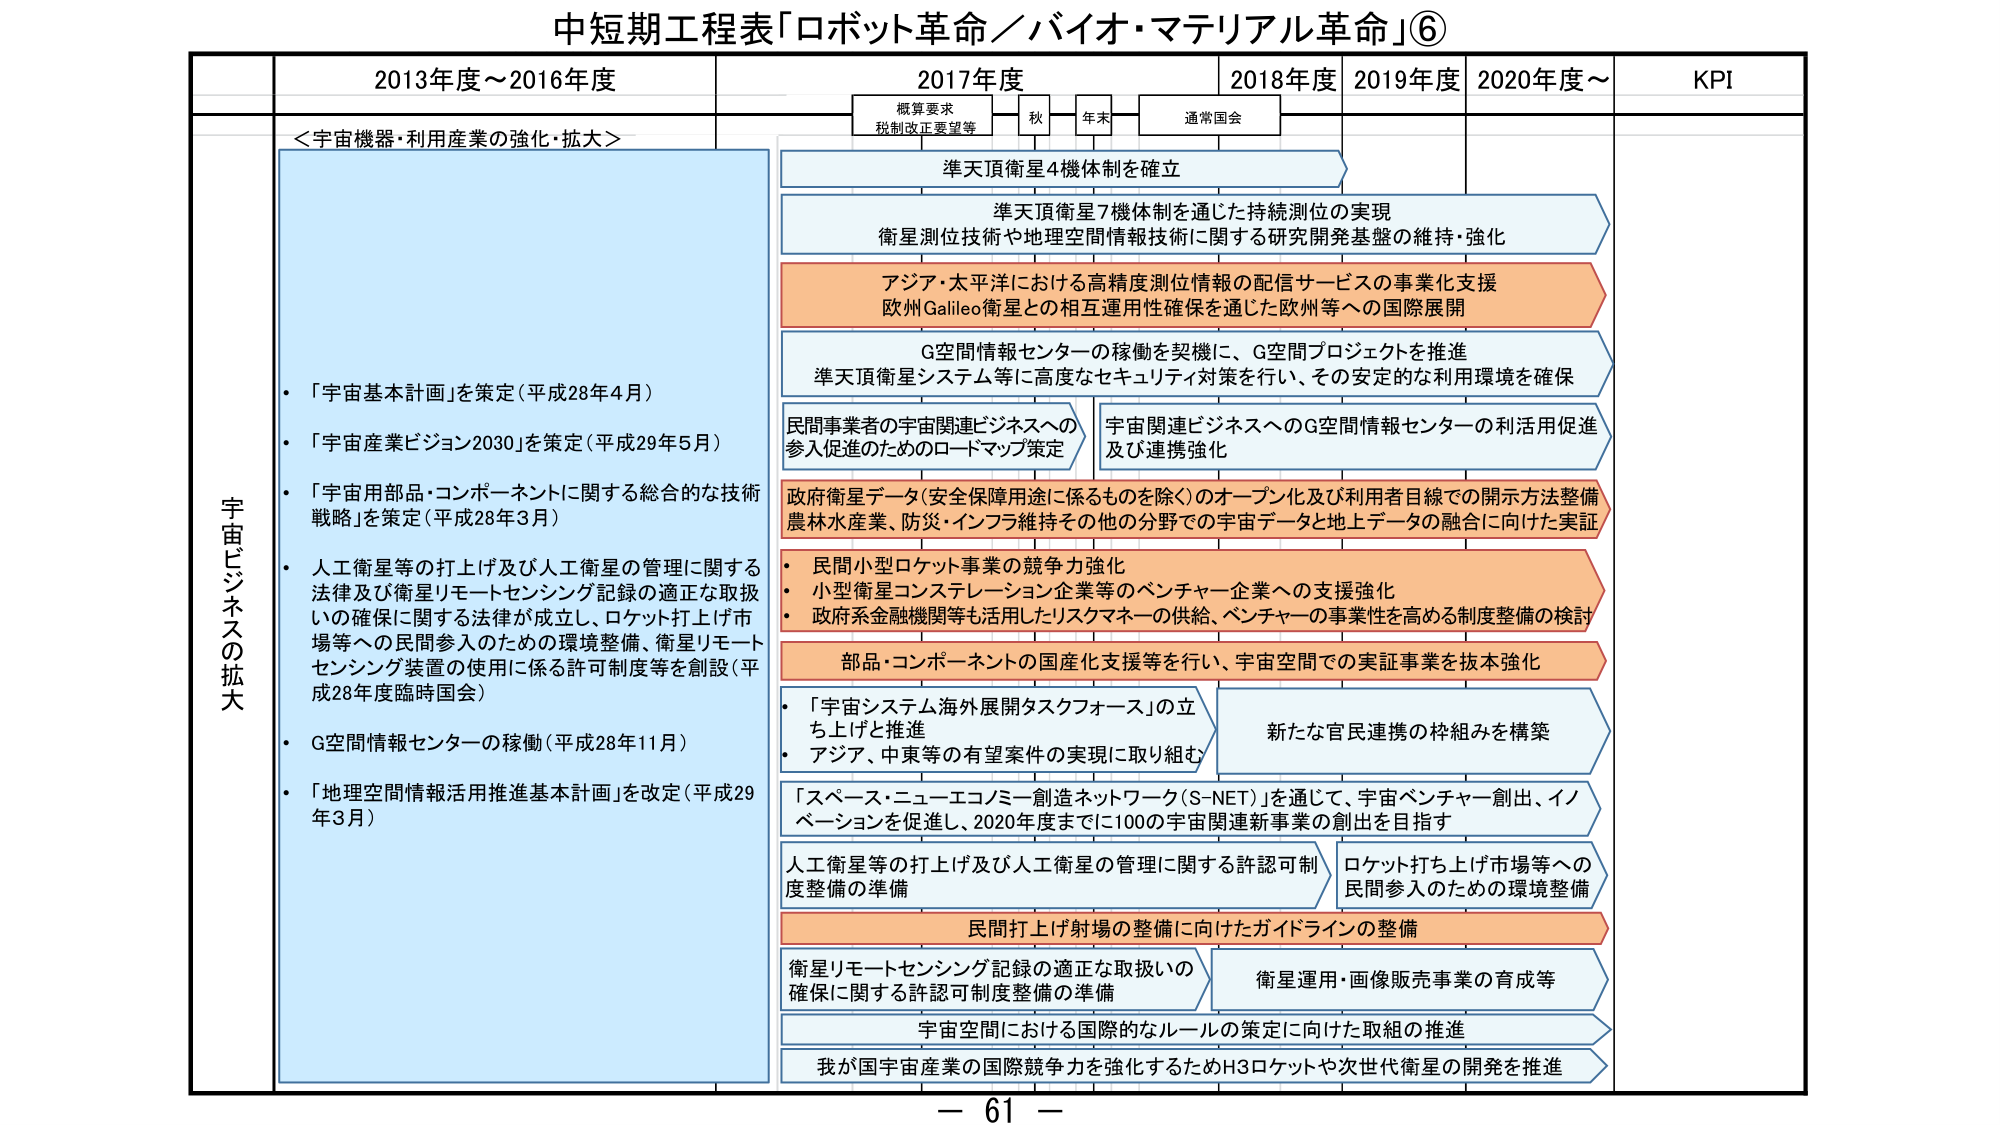
中短期工程表「ロボット革命／バイオ・マテリアル革命」⑥

2013年度～2016年度
2017年度
2018年度
2019年度
2020年度～
KPI

＜宇宙機器・利用産業の強化・拡大＞

宇宙ビジネスの拡大

・「宇宙基本計画」を策定（平成28年4月）
・「宇宙産業ビジョン2030」を策定（平成29年5月）
・「宇宙用部品・コンポーネントに関する総合的な技術戦略」を策定（平成28年3月）
・人工衛星等の打上げ及び人工衛星の管理に関する法律及び衛星リモートセンシング記録の適正な取扱いの確保に関する法律が成立し、ロケット打上げ市場等への民間参入のための環境整備、衛星リモートセンシング装置の使用に係る許可制度等を創設（平成28年度臨時国会）
・G空間情報センターの稼働（平成28年11月）
・「地理空間情報活用推進基本計画」を改定（平成29年3月）

概算要求
税制改正要望等
秋
年末
通常国会

準天頂衛星4機体制を確立

準天頂衛星7機体制を通じた持続測位の実現
衛星測位技術や地理空間情報技術に関する研究開発基盤の維持・強化

アジア・太平洋における高精度測位情報の配信サービスの事業化支援
欧州Galileo衛星との相互運用性確保を通じた欧州等への国際展開

G空間情報センターの稼働を契機に、G空間プロジェクトを推進
準天頂衛星システム等に高度なセキュリティ対策を行い、その安定的な利用環境を確保

民間事業者の宇宙関連ビジネスへの参入促進のためのロードマップ策定
宇宙関連ビジネスへのG空間情報センターの利活用促進及び連携強化

政府衛星データ（安全保障用途に係るものを除く）のオープン化及び利用者目線での開示方法整備
農林水産業、防災・インフラ維持その他の分野での宇宙データと地上データの融合に向けた実証

・民間小型ロケット事業の競争力強化
・小型衛星コンステレーション企業等のベンチャー企業への支援強化
・政府系金融機関等も活用したリスクマネーの供給、ベンチャーの事業性を高める制度整備の検討

部品・コンポーネントの国産化支援等を行い、宇宙空間での実証事業を抜本強化

・「宇宙システム海外展開タスクフォース」の立ち上げと推進
・アジア、中東等の有望案件の実現に取り組む
新たな官民連携の枠組みを構築

「スペース・ニューエコノミー創造ネットワーク（S-NET）」を通じて、宇宙ベンチャー創出、イノベーションを促進し、2020年度までに100の宇宙関連新事業の創出を目指す

人工衛星等の打上げ及び人工衛星の管理に関する許認可制度整備の準備
ロケット打ち上げ市場等への民間参入のための環境整備

民間打上げ射場の整備に向けたガイドラインの整備

衛星リモートセンシング記録の適正な取扱いの確保に関する許認可制度整備の準備
衛星運用・画像販売事業の育成等

宇宙空間における国際的なルールの策定に向けた取組の推進

我が国宇宙産業の国際競争力を強化するためH3ロケットや次世代衛星の開発を推進

－ 61 －